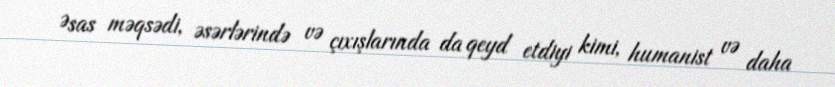
Əsas məqsədi, əsərlərində və çıxışlarında da qeyd etdiyi kimi, humanist və daha